Sketch of the medical history of the native army of Bombay, for the year
Year: 1870
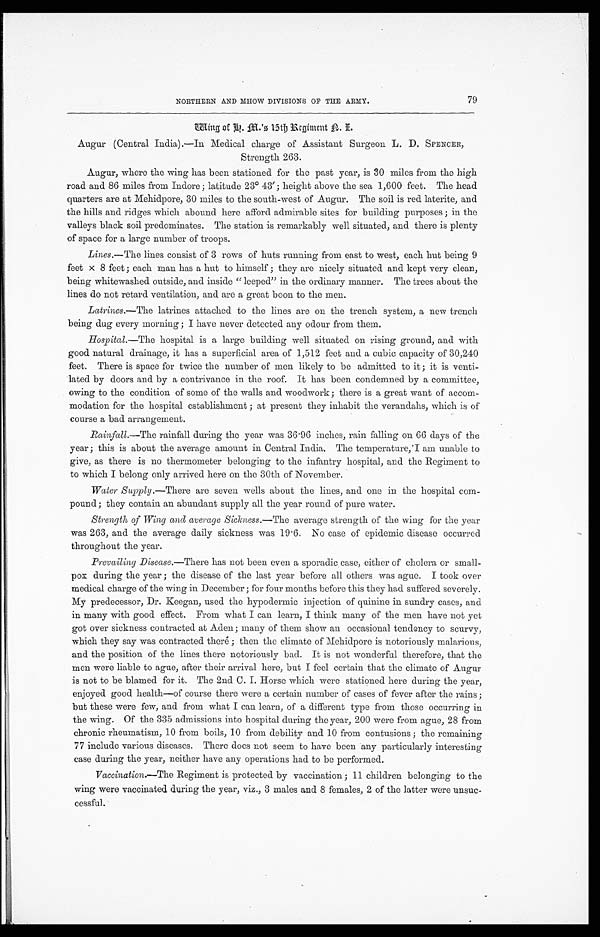
79
NORTHERN AND MHOW DIVISIONS OF THE ARMY.
W i n g o f A . M . ' s 1 5 t h R e g i m e n t A . I .
Augur (Central India).—In Medical charge of Assistant Surgeon L. D. SPENCER,
Strength 263.
Augur, where the wing has been stationed for the past year, is 30 miles from the high
road and 86 miles from Indore; latitude 23° 43'; height above the sea 1,600 feet. The head
quarters are at Mehidpore, 30 miles to the south-west of Augur. The soil is red laterite, and
the hills and ridges which abound here afford admirable sites for building purposes; in the
valleys black soil predominates. The station is remarkably well situated, and there is plenty
of space for a large number of troops.
Lines.— The lines consist of 3 rows of huts running from east to west, each hut being 9
feet × 8 feet; each man has a hut to himself; they are nicely situated and kept very clean,
being whitewashed outside, and inside "leeped" in the ordinary manner. The trees about the
lines do not retard ventilation, and are a great boon to the men.
Latrines.— The latrines attached to the lines are on the trench system, a new trench
being dug every morning; I have never detected any odour from them.
Hospital.—The hospital is a large building well situated on rising ground, and with
good natural drainage, it has a superficial area of 1,512 feet and a cubic capacity of 30,240
feet. There is space for twice the number of men likely to be admitted to it; it is venti
-
lated by doors and by a contrivance in the roof. It has been condemned by a committee,
owing to the condition of some of the walls and woodwork; there is a great want of accom
-
modation for the hospital establishment; at present they inhabit the verandahs, which is of
course a bad arrangement.
Rainfall.—The rainfall during the year was 36.96 inches, rain falling on 66 days of the
year; this is about the average amount in Central India. The temperature, I am unable to
give, as there is no thermometer belonging to the infantry hospital, and the Regiment to
to which I belong only arrived here on the 30th of November.
Water Supply.—There are seven wells about the lines, and one in the hospital com
-
pound; they contain an abundant supply all the year round of pure water.
Strength of Wing and average Sickness.— The average strength of the wing for the year
was 263, and the average daily sickness was 19.6. No case of epidemic disease occurred
throughout the year.
Prevailing Disease.— There has not been even a sporadic case, either of cholera or small
-
pox during the year; the disease of the last year before all others was ague. I took over
medical charge of the wing in December; for four months before this they had suffered severely.
My predecessor, Dr. Keegan, used the hypodermic injection of quinine in sundry cases, and
in many with good effect. From what I can learn, I think many of the men have not yet
got over sickness contracted at Aden; many of them show an occasional tendency to scurvy,
which they say was contracted there; then the climate of Mehidpore is notoriously malarious,
and the position of the lines there notoriously bad. It is not wonderful therefore, that the
men were liable to ague, after their arrival here, but I feel certain that the climate of Augur
is not to be blamed for it. The 2nd C. I. Horse which were stationed here during the year,
enjoyed good health—of course there were a certain number of cases of fever after the rains;
but these were few, and from what I can learn, of a different type from those occurring in
the wing. Of the 335 admissions into hospital during the year, 200 were from ague, 28 from
chronic rheumatism, 10 from boils, 10 from debility and 10 from contusions; the remaining
77 include various diseases. There does not seem to have been any particularly interesting
case during the year, neither have any operations had to be performed.
Vaccination.—The Regiment is protected by vaccination; 11 children belonging to the
wing were vaccinated during the year, viz., 3 males and 8 females, 2 of the latter were unsuc
-
cessful.